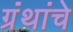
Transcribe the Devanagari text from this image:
ग्रंंथांचे